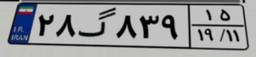
۲۸گ۸۳۹۱۵